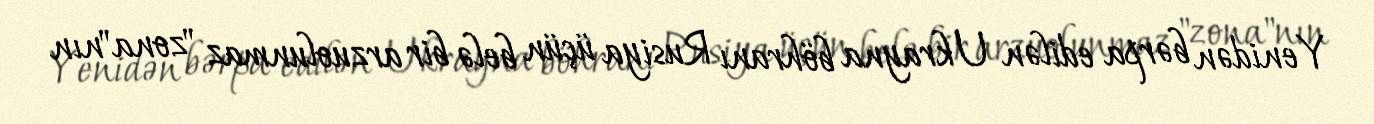
Yenidən bərpa edilən Ukrayna böhranı Rusiya üçün belə bir arzuolunmaz "zona"nın